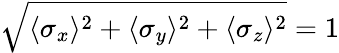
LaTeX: \sqrt{\langle\sigma_{x}\rangle^{2}+\langle\sigma_{y}\rangle^{2}+\langle\sigma_{z}\rangle^{2}}=1